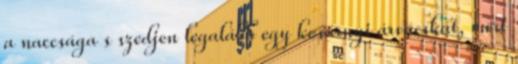
a naccsága s szedjen legalább egy kosárnyi árvácskát, mert